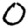
Digit: 0